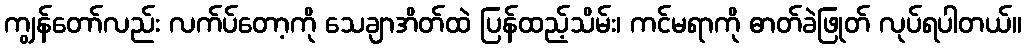
ကျွန်တော်လည်း လက်ပ်တော့ကို သေချာအိတ်ထဲ ပြန်ထည့်သိမ်း၊ ကင်မရာကို ဓာတ်ခဲဖြုတ် လုပ်ရပါတယ်။